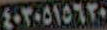
٤٠٣٠٥١٥٦٢٠